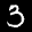
Label: 3